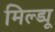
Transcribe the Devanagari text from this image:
मिल्ड्यू